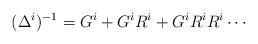
LaTeX: \begin{align*}(\Delta^i)^{-1} = G^i + G^i R^i + G^i R^i R^i \cdots \end{align*}